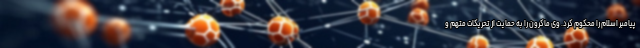
پیامبر اسلام را محکوم کرد. وی ماکرون را به حمایت از تحریکات متهم و